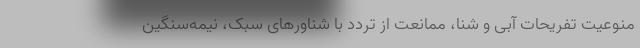
منوعیت تفریحات آبی و شنا، ممانعت از تردد با شناورهای سبک، نیمه‌سنگین